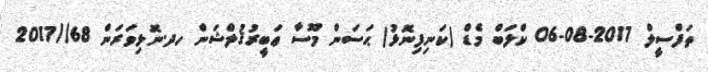
ތަފްސީލް 2017-08-06 ކްލަބް މެޑް (ކަނިފިނޮޅު) ޙަސަން މޫސާ ޢަބީރުޤުލްޝަން ހދ.ނޮޅިވަރަން 68//2017